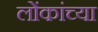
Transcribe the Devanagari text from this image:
लोंकांच्या